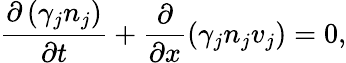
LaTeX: \frac{\partial\left(\gamma_{j}n_{j}\right)}{\partial t}+\frac{\partial}{\partial x}(\gamma_{j}n_{j}{v}_{j})=0,